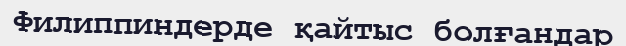
Филиппиндерде қайтыс болғандар